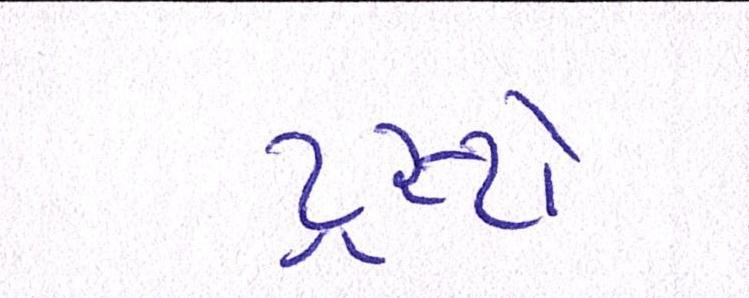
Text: ટ્રસ્ટો